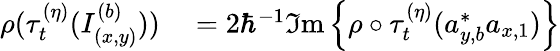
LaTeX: \begin{array}{rl}{\rho(\tau_{t}^{(\eta)}(I_{(x,y)}^{(b)}))}&{{}=2\hbar^{-1}\Im\mathrm{m}\left\{ \rho\circ\tau_{t}^{(\eta)}(a_{y,b}^{\ast}a_{x,1})\right\} }\end{array}